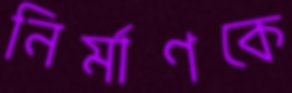
নির্মাণকে